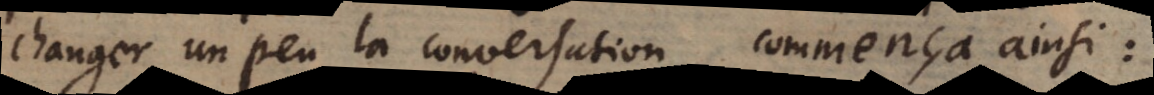
changer un peu la conversation, commença ainsi: